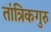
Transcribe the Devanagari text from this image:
तांत्रिकगुरु